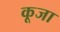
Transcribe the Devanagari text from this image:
कूजा